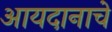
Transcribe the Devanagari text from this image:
आयदानाचे